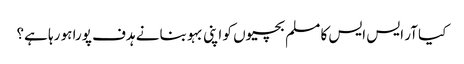
کیا آر ایس ایس کا مسلم بچیوں کو اپنی بہو بنانے ہدف پورا ہو رہا ہے؟